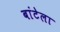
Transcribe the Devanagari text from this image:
बांटेला